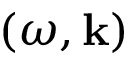
\left( \omega , \mathbf { k } \right)